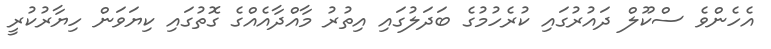
އެހެންވެ ސްކޫލް ދައުރުގައި ކުރެހުމުގެ ބަދަލުގައި އިތުރު މާއްދާއެއްގެ ގޮތުގައި ކިޔަވަން ހިޔާރުކުރީ